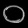
Digit: ၀